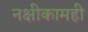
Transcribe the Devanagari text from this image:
नक्षीकामही